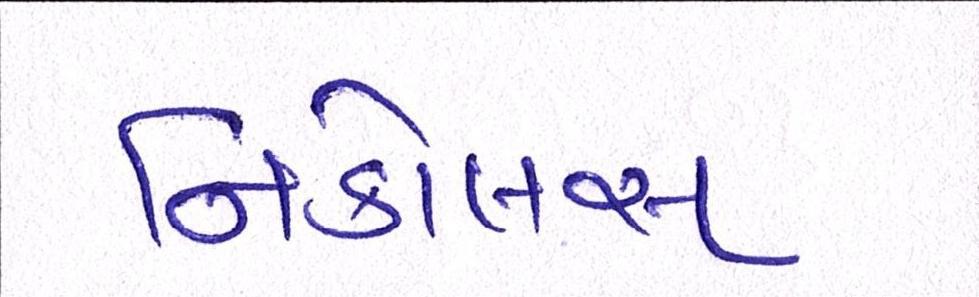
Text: નિકોલસ